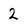
Character: 2